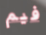
فيم